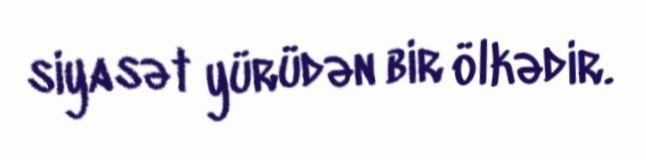
siyasət yürüdən bir ölkədir.